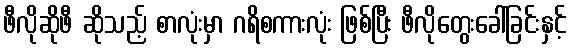
ဖီလိုဆိုဖီ ဆိုသည့် စာလုံးမှာ ဂရိစကားလုံး ဖြစ်ပြီး ဖီလိုတွေးခေါ်ခြင်းနှင့်